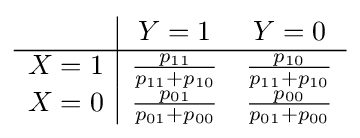
{\begin{array}{c|cc}&Y=1&Y=0\\\hline X=1&{\frac {p_{11}}{p_{11}+p_{10}}}&{\frac {p_{10}}{p_{11}+p_{10}}}\\X=0&{\frac {p_{01}}{p_{01}+p_{00}}}&{\frac {p_{00}}{p_{01}+p_{00}}}\end{array}}